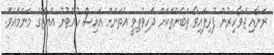
ރަނާއި ޖަވާހިރުން ފުރިފައިވާ ތަބަށްތަކަށް ދަހިވެތިވީ އެތަނަށް އައިސް ހުއްޓުނު އަޔާޒްގެ މަންމައެވެ.